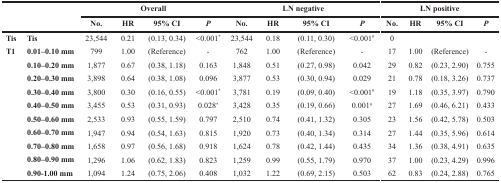
<table><thead><tr><td></td><td></td><td colspan="4"><b>Overall</b></td><td colspan="4"><b>LN negative</b></td><td colspan="4"><b>LN positive</b></td></tr></thead><tbody><tr><td></td><td></td><td>No.</td><td>HR</td><td>95% CI</td><td><i>P</i></td><td>No.</td><td>HR</td><td>95% CI</td><td><i>P</i></td><td>No.</td><td>HR</td><td>95% CI</td><td><i>P</i></td></tr><tr><td>Tis</td><td>Tis</td><td>23,544</td><td>0.21</td><td>(0.13, 0.34)</td><td>&lt;0.001<sup>*</sup></td><td>23,544</td><td>0.18</td><td>(0.11, 0.30)</td><td>&lt;0.001<sup>#</sup></td><td>0</td><td></td><td></td><td></td></tr><tr><td>T1</td><td>0.01–0.10 mm</td><td>799</td><td>1.00</td><td>(Reference)</td><td>-</td><td>762</td><td>1.00</td><td>(Reference)</td><td>-</td><td>17</td><td>1.00</td><td>(Reference)</td><td>-</td></tr><tr><td></td><td>0.10–0.20 mm</td><td>1,877</td><td>0.67</td><td>(0.38, 1.18)</td><td>0.163</td><td>1,848</td><td>0.51</td><td>(0.27, 0.98)</td><td>0.042</td><td>29</td><td>0.82</td><td>(0.23, 2.90)</td><td>0.755</td></tr><tr><td></td><td>0.20–0.30 mm</td><td>3,898</td><td>0.64</td><td>(0.38, 1.08)</td><td>0.096</td><td>3,877</td><td>0.53</td><td>(0.30, 0.94)</td><td>0.029</td><td>21</td><td>0.78</td><td>(0.18, 3.26)</td><td>0.737</td></tr><tr><td></td><td>0.30–0.40 mm</td><td>3,800</td><td>0.30</td><td>(0.16, 0.55)</td><td>&lt;0.001<sup>*</sup></td><td>3,781</td><td>0.19</td><td>(0.09, 0.40)</td><td>&lt;0.001<sup>#</sup></td><td>19</td><td>1.18</td><td>(0.35, 3.97)</td><td>0.790</td></tr><tr><td></td><td>0.40–0.50 mm</td><td>3,455</td><td>0.53</td><td>(0.31, 0.93)</td><td>0.028<sup>*</sup></td><td>3,428</td><td>0.35</td><td>(0.19, 0.66)</td><td>0.001<sup>#</sup></td><td>27</td><td>1.69</td><td>(0.46, 6.21)</td><td>0.433</td></tr><tr><td></td><td>0.50–0.60 mm</td><td>2,533</td><td>0.93</td><td>(0.55, 1.59)</td><td>0.797</td><td>2,510</td><td>0.74</td><td>(0.41, 1.32)</td><td>0.305</td><td>23</td><td>1.56</td><td>(0.42, 5.78)</td><td>0.503</td></tr><tr><td></td><td>0.60–0.70 mm</td><td>1,947</td><td>0.94</td><td>(0.54, 1.63)</td><td>0.815</td><td>1,920</td><td>0.73</td><td>(0.40, 1.34)</td><td>0.314</td><td>27</td><td>1.44</td><td>(0.35, 5.96)</td><td>0.614</td></tr><tr><td></td><td>0.70–0.80 mm</td><td>1,658</td><td>0.97</td><td>(0.56, 1.68)</td><td>0.918</td><td>1,624</td><td>0.78</td><td>(0.42, 1.44)</td><td>0.435</td><td>34</td><td>1.36</td><td>(0.38, 4.91)</td><td>0.635</td></tr><tr><td></td><td>0.80–0.90 mm</td><td>1,296</td><td>1.06</td><td>(0.62, 1.83)</td><td>0.823</td><td>1,259</td><td>0.99</td><td>(0.55, 1.79)</td><td>0.970</td><td>37</td><td>1.00</td><td>(0.23, 4.29)</td><td>0.996</td></tr><tr><td></td><td>0.90-1.00 mm</td><td>1,094</td><td>1.24</td><td>(0.75, 2.06)</td><td>0.408</td><td>1,032</td><td>1.22</td><td>(0.69, 2.15)</td><td>0.503</td><td>62</td><td>0.83</td><td>(0.24, 2.88)</td><td>0.765</td></tr></tbody></table>